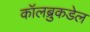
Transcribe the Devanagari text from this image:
कॉलब्रुकडेल